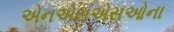
એનએસએસઓના